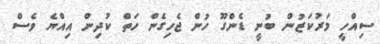
ސިއްހީ މަރުކަޒުން ބުނީ ޑެންގޫ ހުން ޖެހިގެން ހަތް ކުދިން އިއްޔެ ވެސް